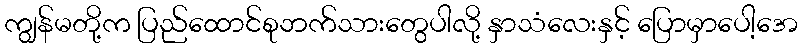
ကျွန်မတို့က ပြည်ထောင်စုဘက်သားတွေပါလို့ နှာသံလေးနှင့် ပြောမှာပေါ့အေ